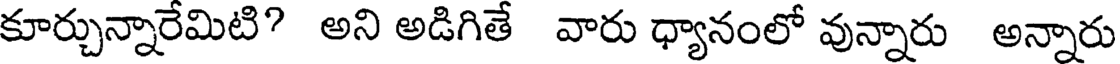
కూర్చున్నారేమిటి? అని అడిగితే వారు ధ్యానంలో వున్నారు అన్నారు